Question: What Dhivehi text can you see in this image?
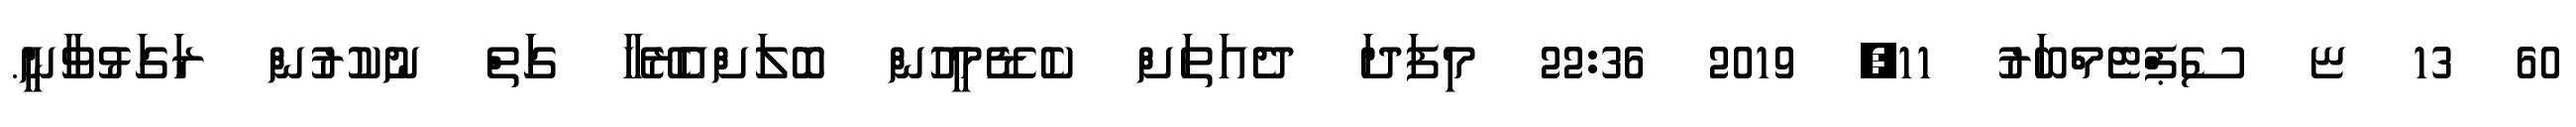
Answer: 60 13 ޏ ސެޕްޓެމްބަރު 11, 2019 22:36 މިފަދަ ދެއަތަށް ކެޑޭމީހުން ބޮލަށްއެރޭހާ ގަަތް ނުކުރުން ރަގަޅުވާނީ.